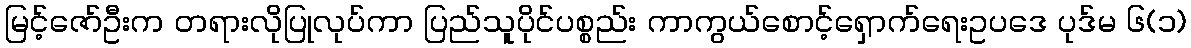
မြင့်ဇော်ဦးက တရားလိုပြုလုပ်ကာ ပြည်သူပိုင်ပစ္စည်း ကာကွယ်စောင့်ရှောက်ရေးဥပဒေ ပုဒ်မ ၆(၁)